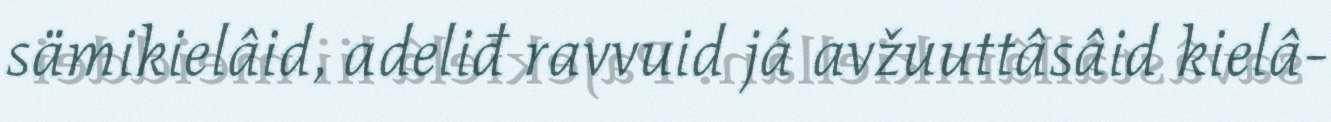
sämikielâid, adeliđ ravvuid já avžuuttâsâid kielâ-